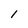
Character: 1